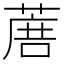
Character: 𦶹